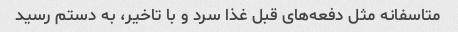
متاسفانه مثل دفعه‌های قبل غذا سرد و با تاخیر، به دستم رسید